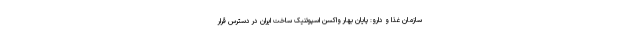
سازمان غذا و دارو: پایان بهار واکسن اسپوتنیک ساخت ایران در دسترس قرار